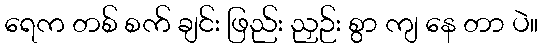
ရေက တစ် စက် ချင်း ဖြည်း ညှဉ်း စွာ ကျ နေ တာ ပဲ။